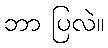
ဘာ ပြလဲ။